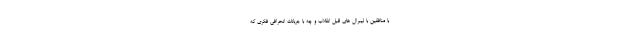
با منافقین با لیبرال های قبل انقلاب و چه با جریانات انحرافی فکری که